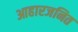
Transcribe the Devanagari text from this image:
आहारजनित